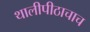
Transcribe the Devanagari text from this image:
थालीपीठाचाच